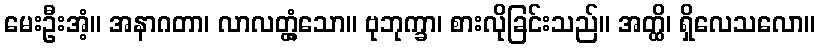
မေးဦးအံ့။ အနာဂတာ၊ လာလတ္တံ့သော။ ဗုဘုက္ခာ၊ စားလိုခြင်းသည်။ အတ္ထိ၊ ရှိလေသလော။